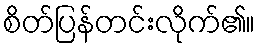
စိတ်ပြန်တင်းလိုက်၏။